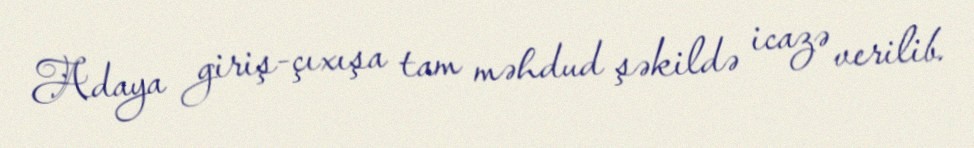
Adaya giriş-çıxışa tam məhdud şəkildə icazə verilib.